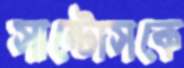
সান্টোসকে